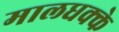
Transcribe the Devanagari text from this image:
मालधक्के